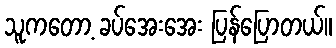
သူကတော့ ခပ်အေးအေး ပြန်ပြောတယ်။